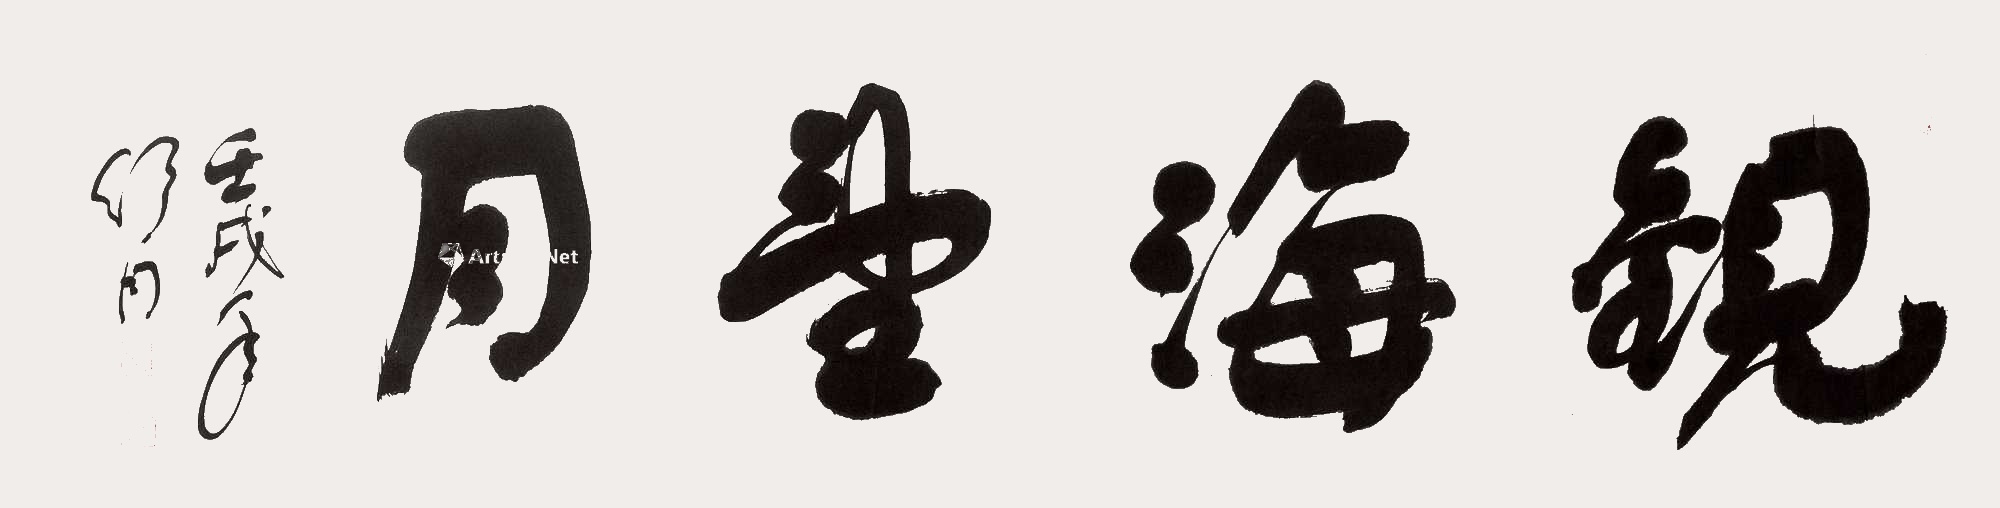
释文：观海望月壬戌年舒同。